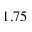
1 . 7 5